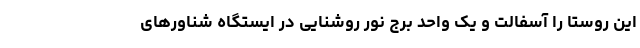
این روستا را آسفالت و یک واحد برج نور روشنایی در ایستگاه شناورهای